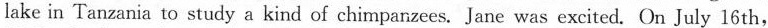
lake in Tanzania to study a kind of chimpanzees.Jane was excited.On July 16 th,